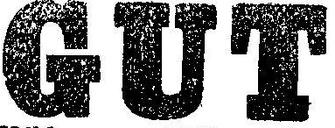
GUT